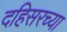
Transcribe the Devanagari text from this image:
दहिसरच्या